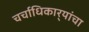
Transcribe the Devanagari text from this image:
चर्चाधिकार्‍यांचा